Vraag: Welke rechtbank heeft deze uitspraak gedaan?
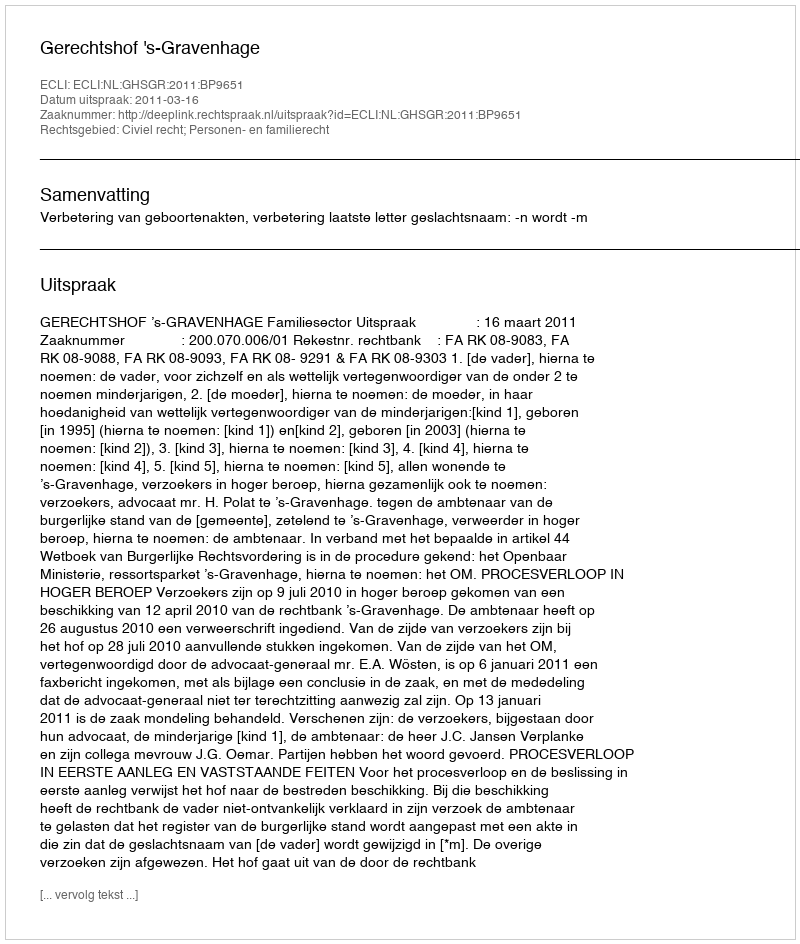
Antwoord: Gerechtshof 's-Gravenhage